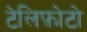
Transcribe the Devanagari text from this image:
टेलिफ़ोटो